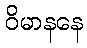
ဝိမာနနေ